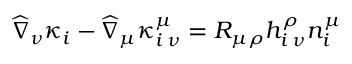
\widehat { \nabla } _ { \nu } \kappa _ { i } - \widehat { \nabla } _ { \mu } \kappa _ { i \: \nu } ^ { \mu } = R _ { \mu \rho } h _ { i \: \nu } ^ { \rho } n _ { i } ^ { \mu }